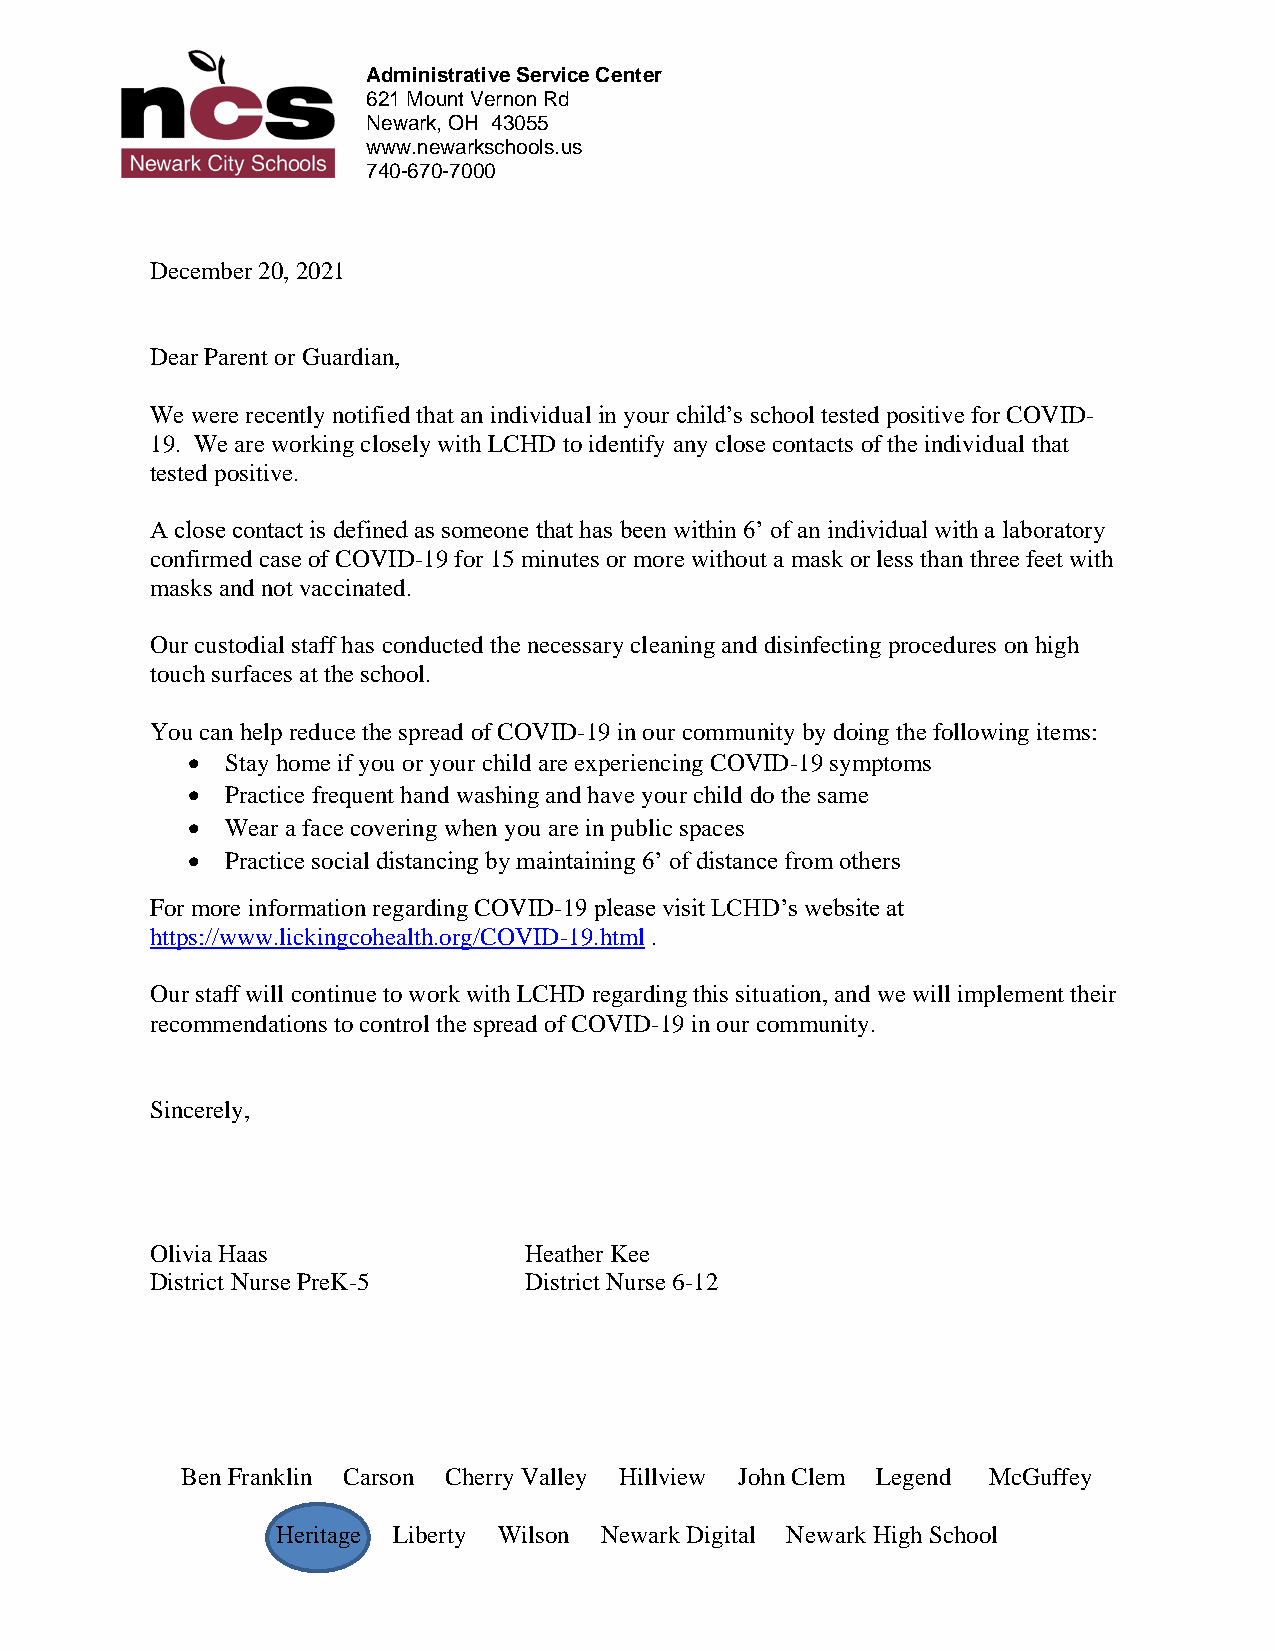
Administrative Service Center
 621 Mount Vernon Rd
 Newark, OH 43055
 www.newarkschools.us
 the
 740-670-7000
 December 20, 2021
 Dear Parent or Guardian,
 We were recently notified that an individual in your child’s school tested positive for COVID-
 19. We are working closely with LCHD to identify any close contacts of the individual that
 tested positive.
 A close contact is defined as someone that has been within 6’ of an individual with a laboratory
 confirmed case of COVID-19 for 15 minutes or more without a mask or less than three feet with
 masks and not vaccinated.
 Our custodial staff has conducted the necessary cleaning and disinfecting procedures on high
 touch surfaces at the school.
 You can help reduce the spread of COVID-19 in our community by doing the following items:
 •  Stay home if you or your child are experiencing COVID-19 symptoms
 •  Practice frequent hand washing and have your child do the same
 •  Wear a face covering when you are in public spaces
 •  Practice social distancing by maintaining 6’ of distance from others
 For more information regarding COVID-19 please visit LCHD’s website at
 https://www.lickingcohealth.org/COVID-19.html .
 Our staff will continue to work with LCHD regarding this situation, and we will implement their
 recommendations to control the spread of COVID-19 in our community.
 Sincerely,
 Olivia Haas              Heather Kee
 District Nurse PreK-5    District Nurse 6-12
 Ben Franklin Carson Cherry Valley Hillview John Clem Legend McGuffey
 Heritage Liberty Wilson Newark Digital Newark High School